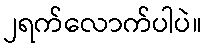
၂ရက်လောက်ပါပဲ။